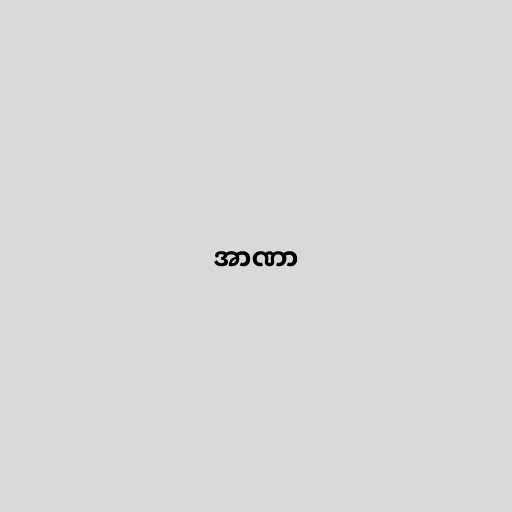
အာဏာ